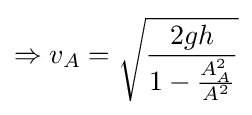
\Rightarrow {v_{A}}={\sqrt {\frac {2gh}{1-{\frac {A_{A}^{2}}{A^{2}}}}}}